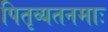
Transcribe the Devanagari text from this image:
पितृव्यतनमाः